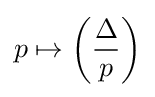
p\mapsto \left({\frac {\Delta }{p}}\right)